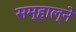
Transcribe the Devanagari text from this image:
सम्हाल्ने